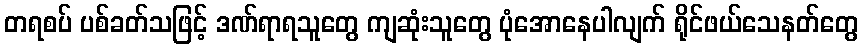
တရစပ် ပစ်ခတ်သဖြင့် ဒဏ်ရာရသူတွေ ကျဆုံးသူတွေ ပုံအောနေပါလျက် ရိုင်ဖယ်သေနတ်တွေ